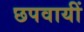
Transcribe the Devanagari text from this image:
छपवायीं